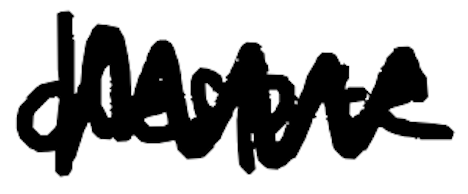
Text: despite
Cross-out: zig-zag
Writing tool: digital_black